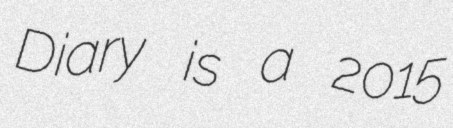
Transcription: Diary is a 2015